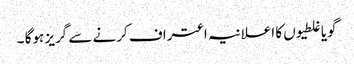
گویا غلطیوں کا اعلانیہ اعتراف کرنے سے گریز ہوگا ۔